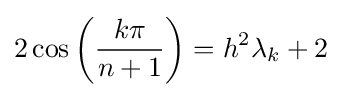
2\cos \left({\frac {k\pi }{n+1}}\right)=h^{2}\lambda _{k}+2\,\!